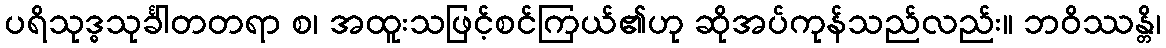
ပရိသုဒ္ဓသုင်္ခါတတရာ စ၊ အထူးသဖြင့်စင်ကြယ်၏ဟု ဆိုအပ်ကုန်သည်လည်း။ ဘဝိဿန္တိ၊